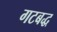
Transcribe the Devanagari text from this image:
गटबद्ध